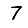
Digit: 7